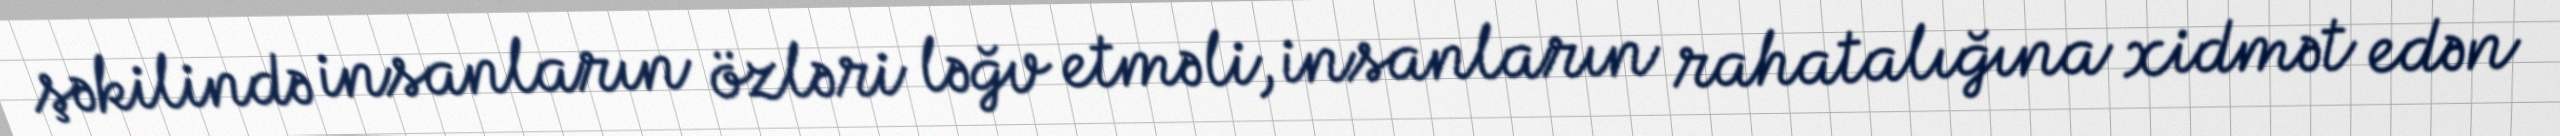
şəkilində insanların özləri ləğv etməli, insanların rahatalığına xidmət edən